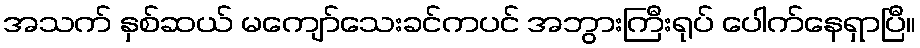
အသက် နှစ်ဆယ် မကျော်သေးခင်ကပင် အဘွားကြီးရုပ် ပေါက်နေရှာပြီ။